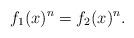
LaTeX: \begin{align*}f_1(x)^n = f_2(x)^n.\end{align*}